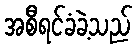
အစီရင်ခံခဲ့သည်